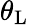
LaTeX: \theta_{\mathrm{L}}